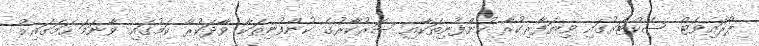
ޕްރައިވެޓް ސެކްޓަރުގައި ވިޔަފާރިކުރާ ކުންފުނިތަކާއި ސަރުކާރުގެ ކުންފުނިތަކާ ވާދަކުރާ ކަމުގައި ވާނަމަ ހަމަގައިމު